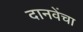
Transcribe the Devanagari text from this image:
दानवेंचा